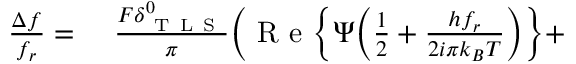
\begin{array} { r l } { \frac { \Delta f } { f _ { r } } = } & { { } ~ \frac { F \delta _ { \mathrm { ~ T ~ L ~ S ~ } } ^ { 0 } } { \pi } \bigg ( \mathrm { ~ R ~ e ~ } \bigg \{ \Psi \bigg ( \frac { 1 } { 2 } + \frac { h f _ { r } } { 2 i \pi k _ { B } T } \bigg ) \bigg \} + } \end{array}